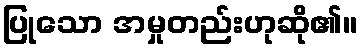
ပြုသော အမှုတည်းဟုဆို၏။